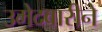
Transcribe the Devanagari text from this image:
उमेदवारीने